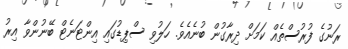
ރަނުގެ ފުރުސްތެއް ކަމަށް ދިރާގުން ބުނެއެވެ. ހަލުވި ސްޕިޑުގައި އިންޓަނެޓް ބޭނުންވާ އިރު